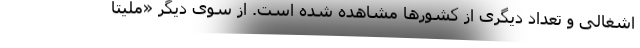
اشغالی و تعداد دیگری از کشورها مشاهده شده است. از سوی دیگر «ملیتا